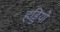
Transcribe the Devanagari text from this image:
हड्डियो